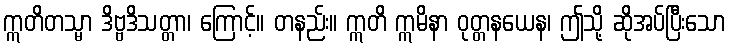
ဣတိတသ္မာ ဒိဗ္ဗဒိသတ္တာ၊ ကြောင့်။ တနည်း။ ဣတိ ဣမိနာ ဝုတ္တနယေန၊ ဤသို့ ဆိုအပ်ပြီးသော